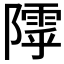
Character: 𱀸